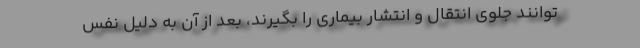
توانند جلوی انتقال و انتشار بیماری را بگیرند، بعد از آن به دلیل نفس